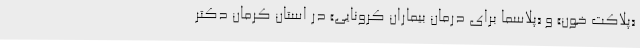
«پلاکت خون» و «پلاسما برای درمان بیماران کرونایی» در استان کرمان دکتر